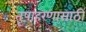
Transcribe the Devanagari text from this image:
तृषाहरणासाठीं